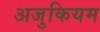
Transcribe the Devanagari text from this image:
अजुकियम